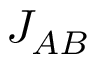
J _ { A B } { } _ { \ }